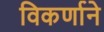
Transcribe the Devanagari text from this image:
विकर्णाने